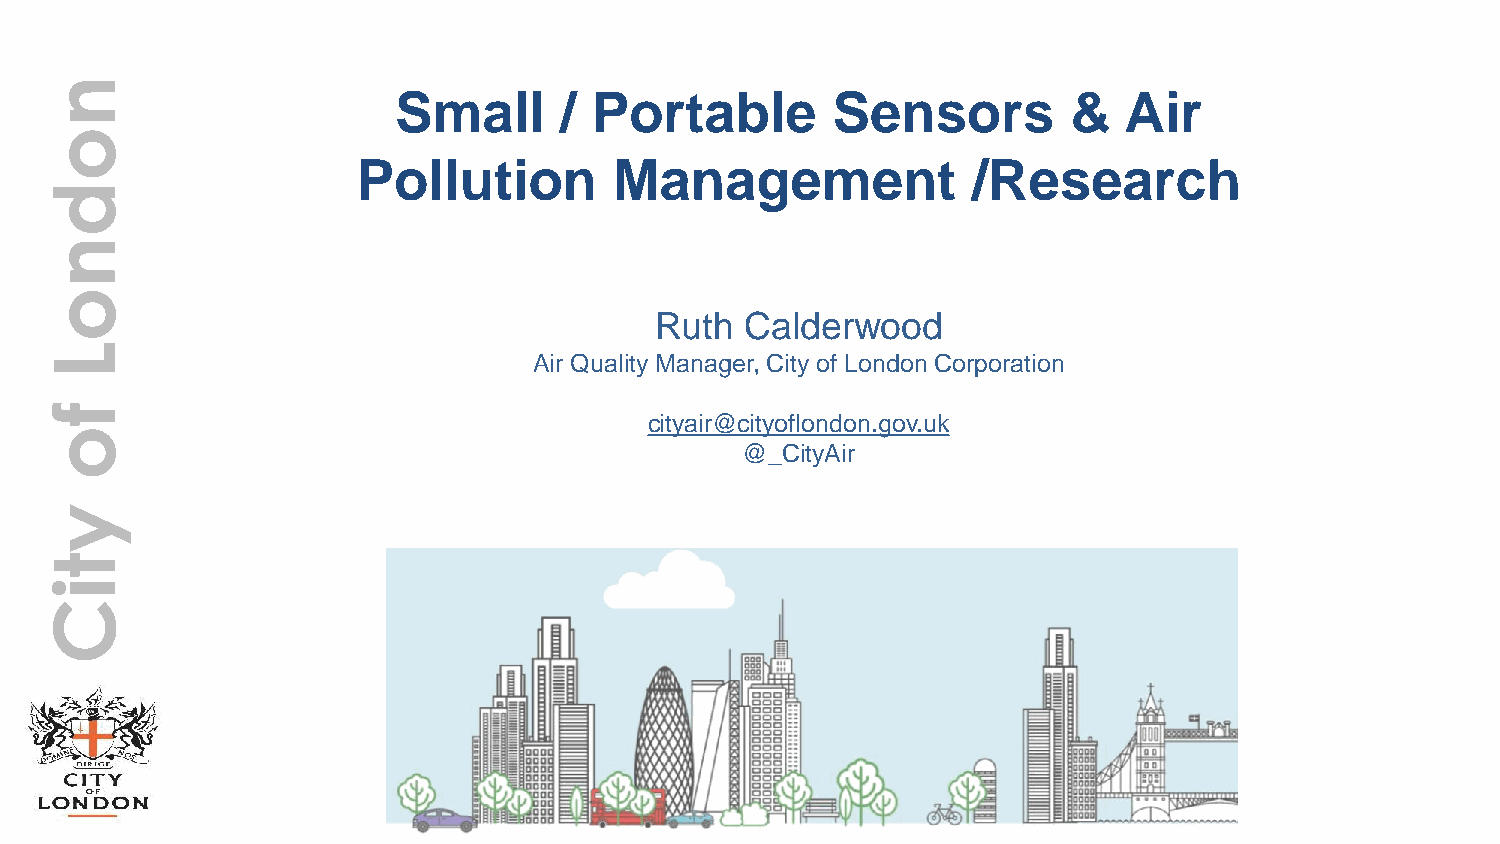
n
 Small      / Portable        Sensors         &  Air
 o
 Pollution        Management             /Research
 d
 n
 o
 Ruth  Calderwood
 L
 Air Quality Manager, City of London Corporation
 f
 cityair@cityoflondon.gov.uk
 o
 @_CityAir
 y
 t
 i
 C